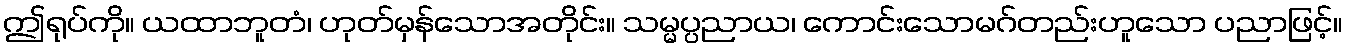
ဤရုပ်ကို။ ယထာဘူတံ၊ ဟုတ်မှန်သောအတိုင်း။ သမ္မပ္ပညာယ၊ ကောင်းသောမဂ်တည်းဟူသော ပညာဖြင့်။